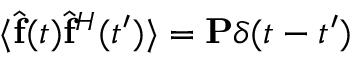
\langle \widehat { \mathbf { f } } ( t ) \widehat { \mathbf { f } } ^ { H } ( t ^ { \prime } ) \rangle = \mathbf { P } \delta ( t - t ^ { \prime } )